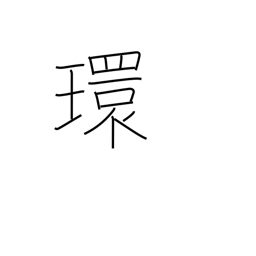
Meaning: ring